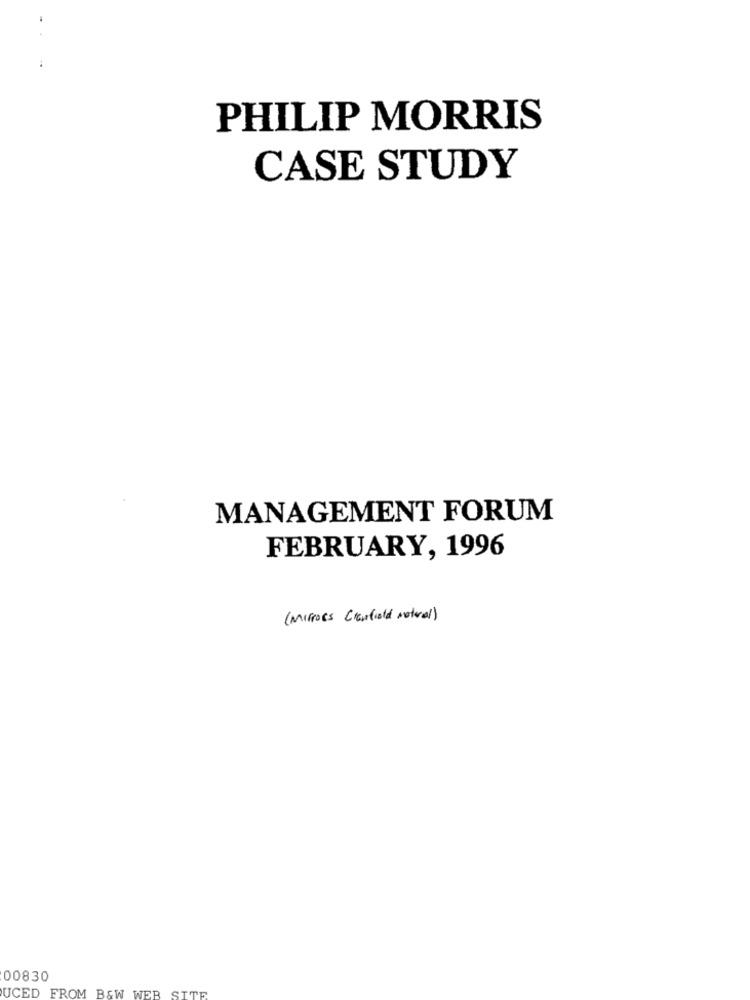
PHILIP MORRIS
CASE STUDY
MANAGEMENT FORUM
FEBRUARY, 1996
( Mirrors Cranfield notreal)
00830
WEB SITE
UCED FROM B&W